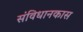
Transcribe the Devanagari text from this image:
संविधानकास